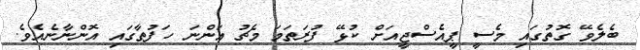
ބެލެވޭ ގޮތުގައި މެސީ ޕީއެސްޖީއަށް ކުޅޭ ފުރަތަމަ މެޗު އަންނަ ހަފުތާގައި އޮންނާނެއެވެ.